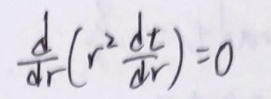
\[
\frac{\mathrm{d}}{\mathrm{d}r}\left(r^{2} \frac{\mathrm{d} t}{\mathrm{d}r}\right)=0
\]